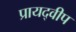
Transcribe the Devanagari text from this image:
प्रायद्‍वीप